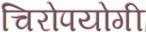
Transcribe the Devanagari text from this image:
चिरोपयोगी